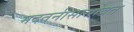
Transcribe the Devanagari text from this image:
मदतनीसासोबत